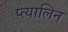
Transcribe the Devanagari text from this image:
प्त्यालिन